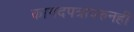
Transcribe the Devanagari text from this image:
कागदपत्रांवरुनही